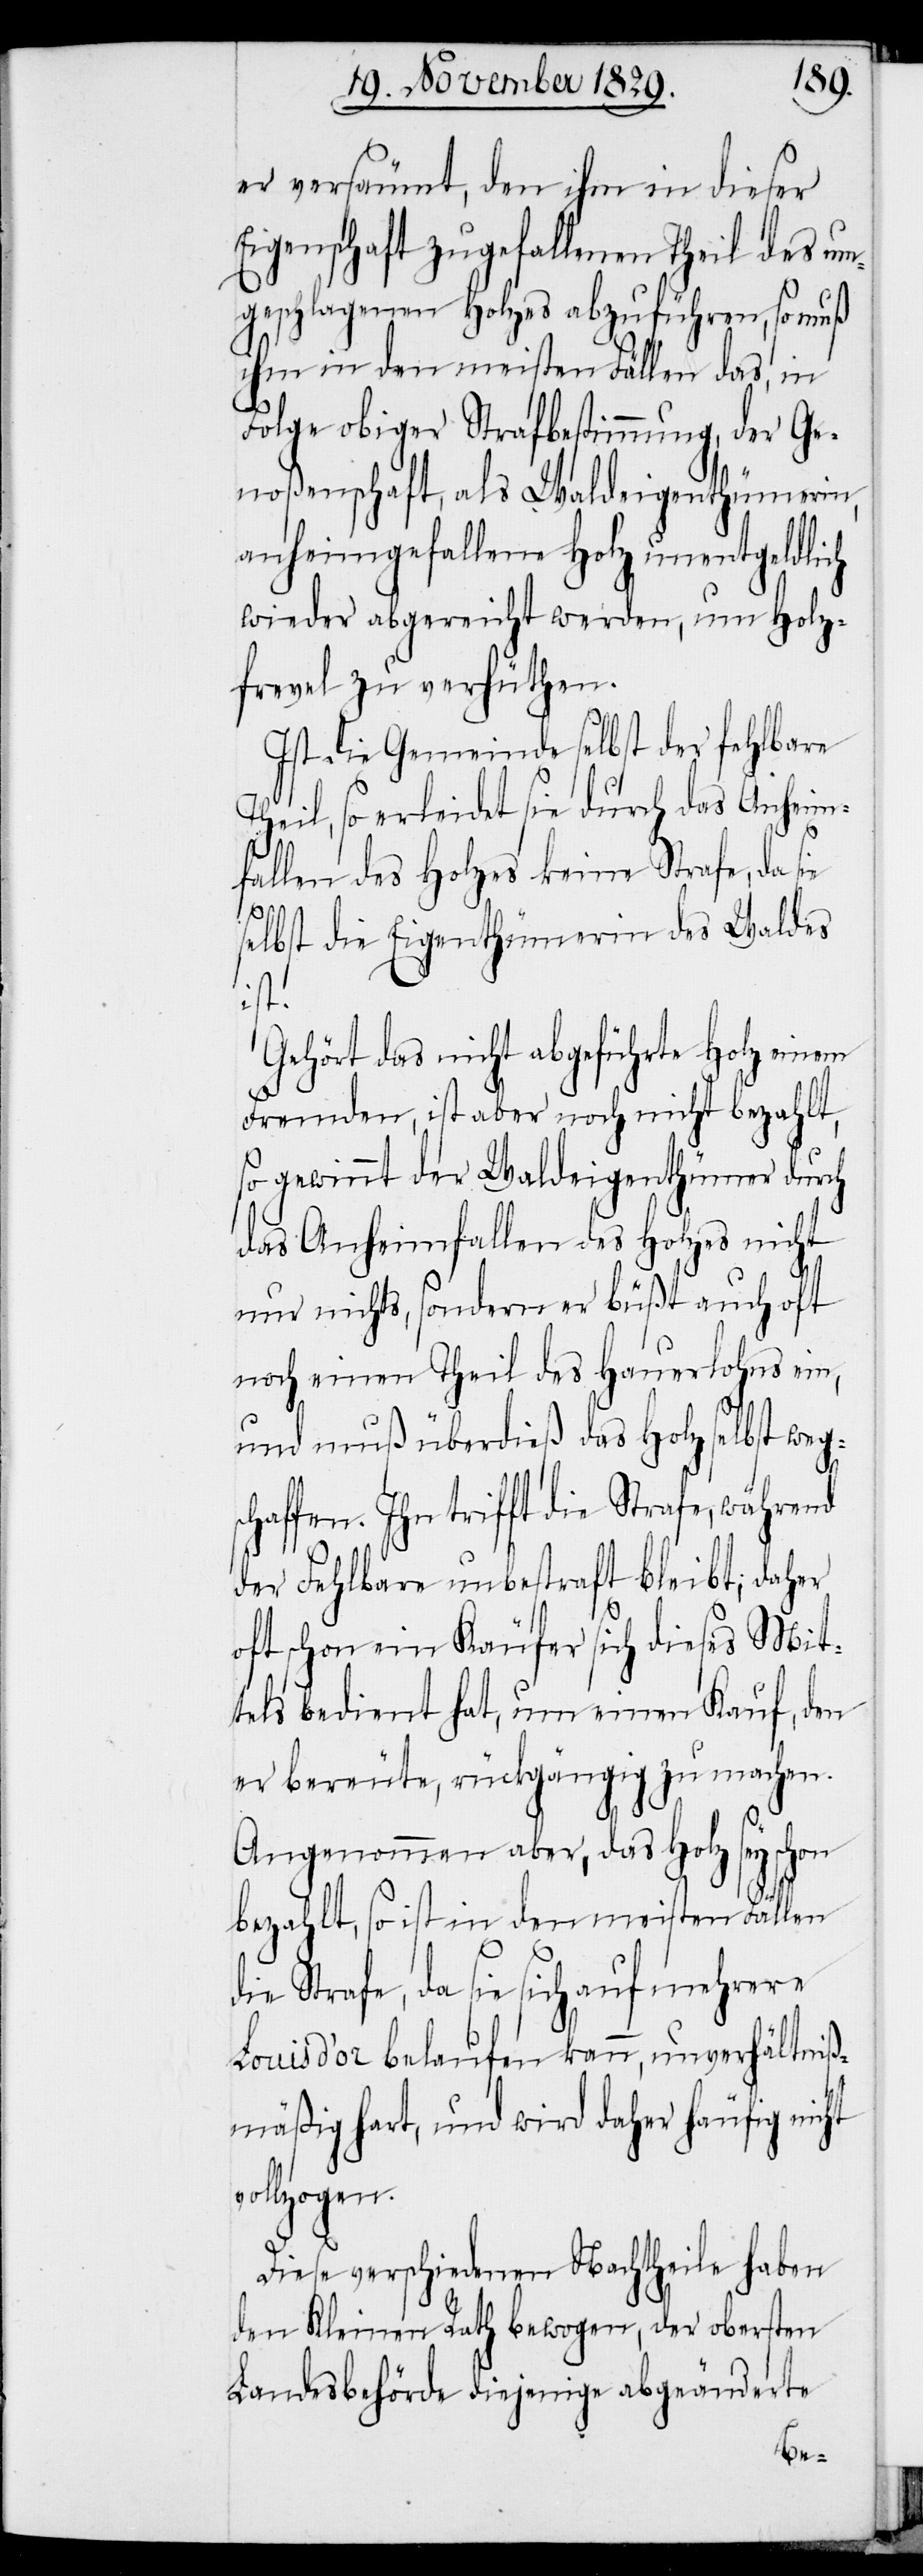
er versäumt, den ihm in dieser
Eigenschaft zugefallenen Theil des un¬
geschlagenen Holzes abzuführen, so muß
ihm in den meisten Fällen das, in
Folge obiger Strafbestimmung, der Ge¬
noßenschaft, als Waldeigenthümerin,
anheimgefallene Holz unentgeldlich
wieder abgereicht werden, um Holz¬
frevel zu verhüten.
Ist die Gemeinde selbst der fehlbare
Theil, so erleidet sie durch das Anheim¬
fallen des Holzes keine Strafe, da sie
selbst die Eigenthümerin des Waldes
s¬
Gehört das nicht abgeführte Holz einem
Fremden, ist aber noch nicht bezahlt,
so gewinnt der Waldeigenthümer durch
das Anheimfallen des Holzes nicht
nur nichts, sondern er büßt auch oft
noch einen Theil des Hauerlohns ein,
und muß überdieß das Holz selbst weg¬
chaffen. Ihn trifft die Strafe,
der Fehlbare unbestraft bleibt; daher
oft schon ein Käufer sich dieses Mit¬
tels bedient hat, um einen Kauf, den
er bereute, rückgängig zu machen.
Angenommen aber, das Holz sey schon
bezahlt, so ist in den meisten Fällen
die Strafe, da sie sich auf mehrere
Louisd’or belaufen kann, unverhältniß¬
mäßig hart, und wird daher häufig nicht
vollzogen.
Diese verschiedenen Nachtheile haben
den Kleinen Rath bewogen, der obersten
Landesbehörde diejenige abgeänderte